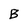
Character: B